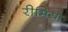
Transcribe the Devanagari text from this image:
रीमिया